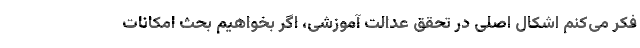
فکر می‌کنم اشکال اصلی در تحقق عدالت آموزشی، اگر بخواهیم بحث امکانات